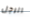
الرجل